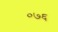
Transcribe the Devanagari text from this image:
०७६